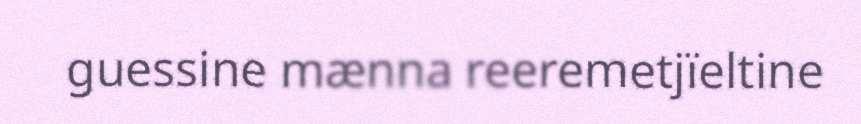
guessine mænna reeremetjïeltine